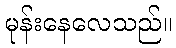
မုန်းနေလေသည်။